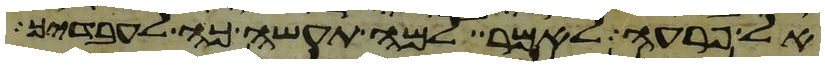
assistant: אל פרעה לאמר למה תעשה כה לעבדיך